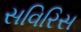
સવિરિસ